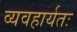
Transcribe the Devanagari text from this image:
व्यवहार्यतः